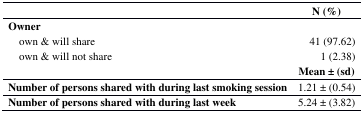
<table><thead><tr><td></td><td><b>N (%)</b></td></tr></thead><tbody><tr><td><b>Owner</b></td><td></td></tr><tr><td> own &amp; will share</td><td>41 (97.62)</td></tr><tr><td> own &amp; will not share</td><td>1 (2.38)</td></tr><tr><td></td><td><b>Mean ± (sd)</b></td></tr><tr><td><b>Number of persons shared with during last smoking session</b></td><td>1.21 ± (0.54)</td></tr><tr><td><b>Number of persons shared with during last week</b></td><td>5.24 ± (3.82) </td></tr></tbody></table>